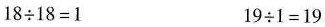
$$1 8 \div 1 8 = 1$$ $$1 9 \div 1 = 1 9$$